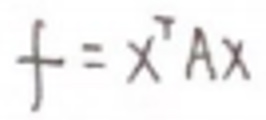
$f = x ^ { T } A x$